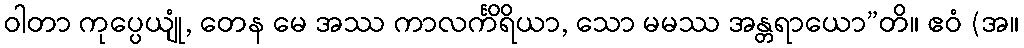
ဝါတာ ကုပ္ပေယျုံ, တေန မေ အဿ ကာလင်္ကိရိယာ, သော မမဿ အန္တရာယော”တိ။ ဧဝံ (အ။